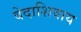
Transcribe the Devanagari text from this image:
वेदाशिवाय